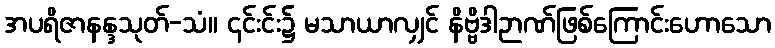
အပရိဇာနန္ဒသုတ်-သံ။ ၎င်းင်း၌ မသာယာလျှင် နိဗ္ဗိဒါဉာဏ်ဖြစ်ကြောင်းဟောသော